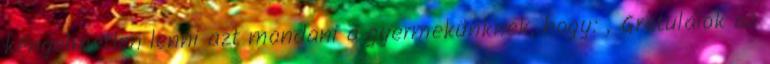
kényelmetlen lenni azt mondani a gyermekünknek, hogy: „Gratulálok az